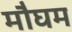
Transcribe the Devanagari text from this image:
मौघम